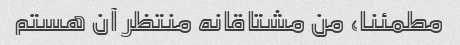
مطمئنا، من مشتاقانه منتظر آن هستم